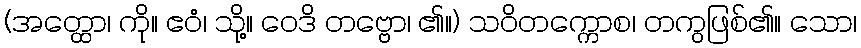
(အတ္ထော၊ ကို။ ဧဝံ၊ သို့။ ဝေဒိ တဗ္ဗော၊ ၏။) သဝိတက္ကောစ၊ တကွဖြစ်၏။ သော၊